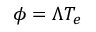
\phi = \Lambda T _ { e }